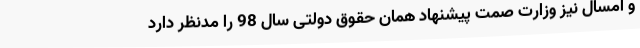
و امسال نیز وزارت صمت پیشنهاد همان حقوق دولتی سال 98 را مدنظر دارد